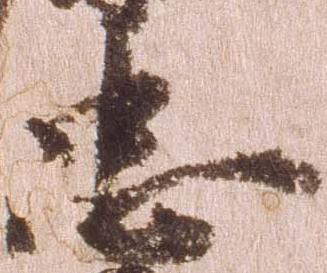
忠